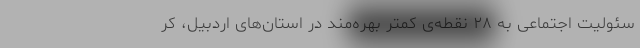
سئولیت اجتماعی به ۲۸ نقطه‌ی کمتر بهره‌مند در استان‌های اردبیل، کر